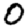
Digit: 0